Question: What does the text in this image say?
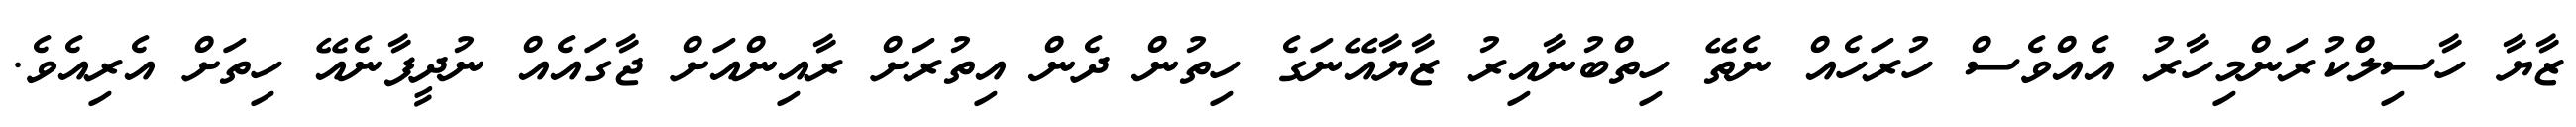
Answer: ޒާޔާ ހާސިލްކުރަންމިހާރު އެއްވެސް ހުރަހެއް ނެތޭ ހިތްބުނާއިރު ޒާޔާއޭނަގެ ހިތުން ދެން އިތުރަށް ރާއިންއަށް ޖާގައެއް ނުދީފާނެއޭ ހިތަށް އެރިއެވެ.